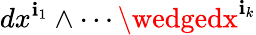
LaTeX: dx^{\mathbf{i}_{1}}\wedge\cdots\wedgedx^{\mathbf{i}_{k}}